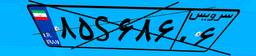
۷۵S۴۷۸۴۶